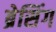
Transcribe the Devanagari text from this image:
ब्रेसिंग